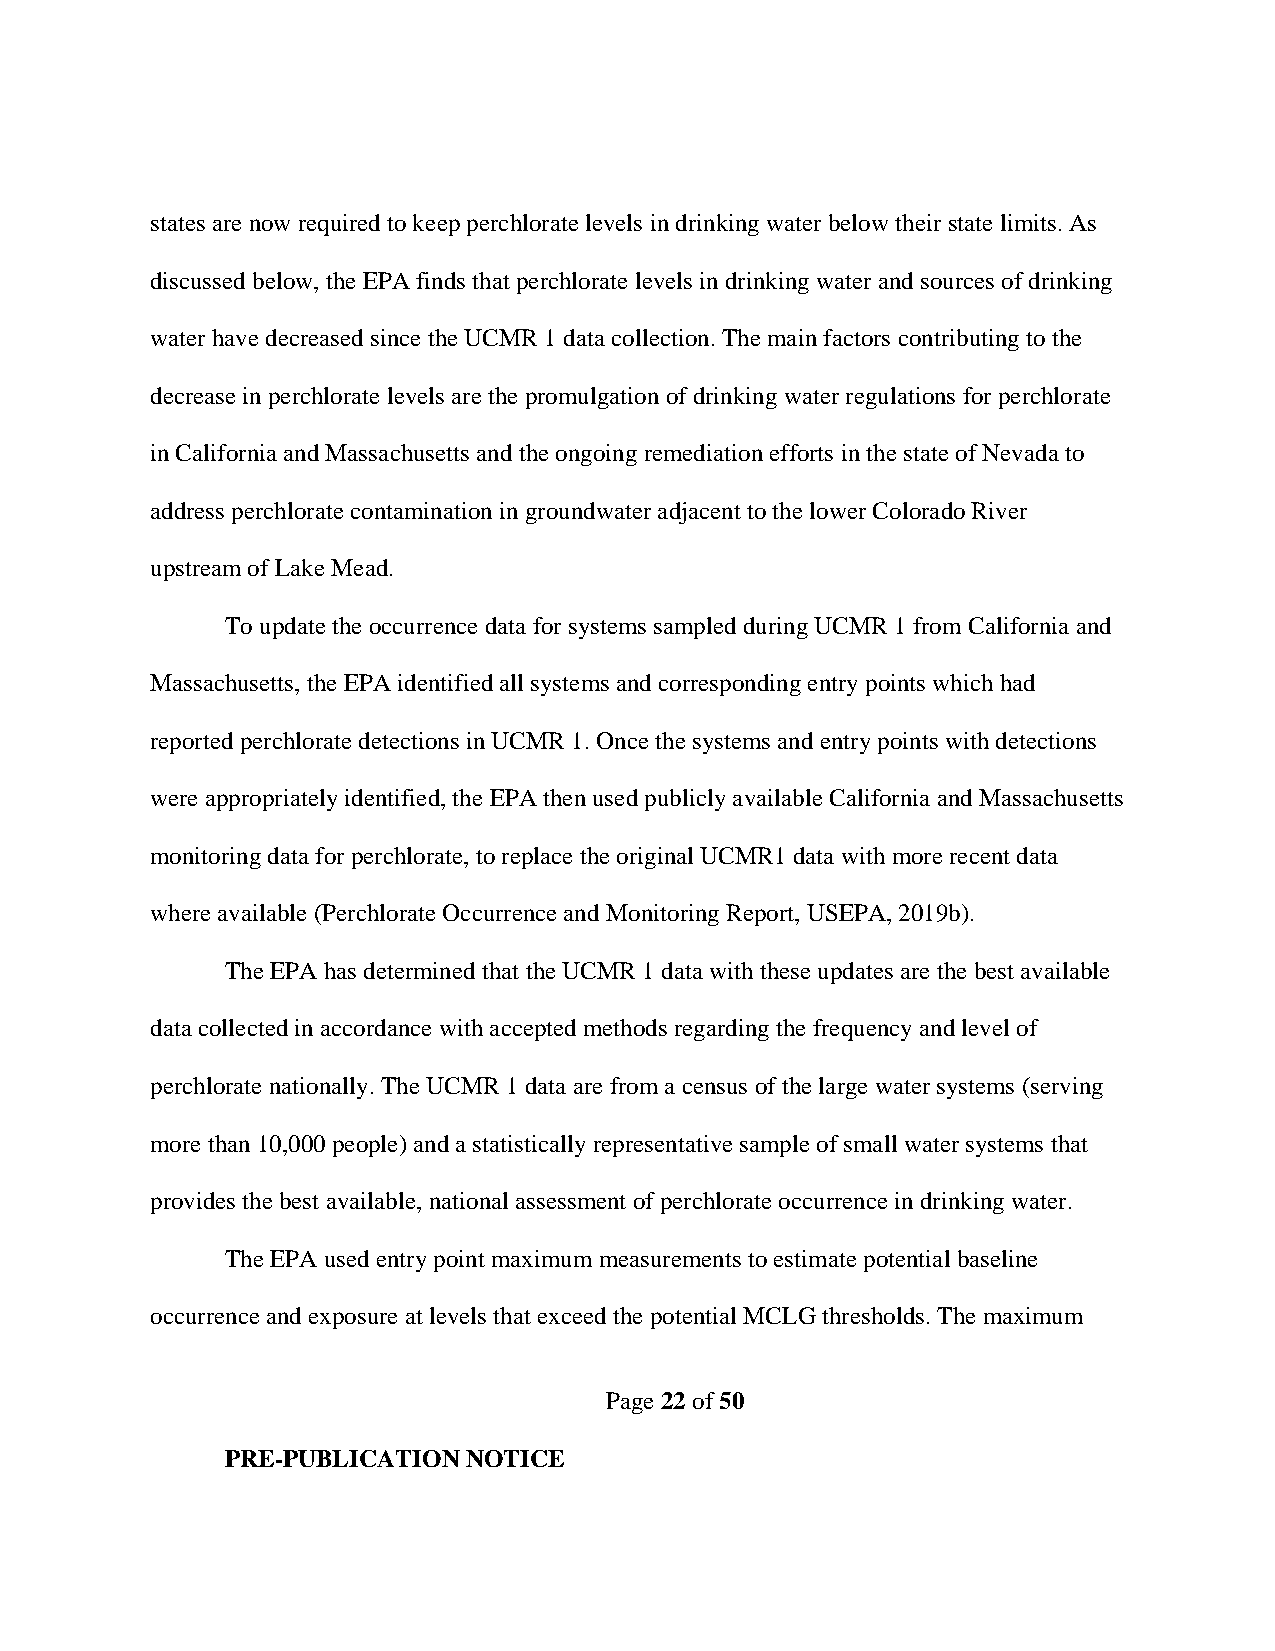
states are now required to keep perchlorate levels in drinking water below their state limits. As
 discussed below, the EPA finds that perchlorate levels in drinking water and sources of drinking
 water have decreased since the UCMR 1 data collection. The main factors contributing to the
 decrease in perchlorate levels are the promulgation of drinking water regulations for perchlorate
 in California and Massachusetts and the ongoing remediation efforts in the state of Nevada to
 address perchlorate contamination in groundwater adjacent to the lower Colorado River
 upstream of Lake Mead.
 To update the occurrence data for systems sampled during UCMR 1 from California and
 Massachusetts, the EPA identified all systems and corresponding entry points which had
 reported perchlorate detections in UCMR 1. Once the systems and entry points with detections
 were appropriately identified, the EPA then used publicly available California and Massachusetts
 monitoring data for perchlorate, to replace the original UCMR1 data with more recent data
 where available (Perchlorate Occurrence and Monitoring Report, USEPA, 2019b).
 The EPA has determined that the UCMR 1 data with these updates are the best available
 data collected in accordance with accepted methods regarding the frequency and level of
 perchlorate nationally. The UCMR 1 data are from a census of the large water systems (serving
 more than 10,000 people) and a statistically representative sample of small water systems that
 provides the best available, national assessment of perchlorate occurrence in drinking water.
 The EPA used entry point maximum measurements to estimate potential baseline
 occurrence and exposure at levels that exceed the potential MCLG thresholds. The maximum
 Page 22 of 50
 PRE-PUBLICATION NOTICE